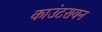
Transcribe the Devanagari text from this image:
काउंटरायन